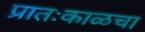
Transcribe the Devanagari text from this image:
प्रातःकाळचा